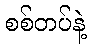
စစ်တပ်နဲ့